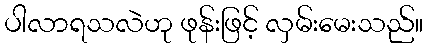
ပါလာရသလဲဟု ဖုန်းဖြင့် လှမ်းမေးသည်။